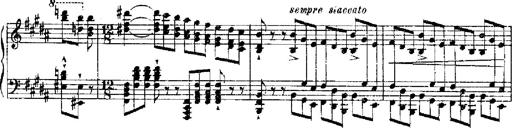
Title: RÃ©miniscences de Robert le diable
Composer: Franz Liszt